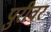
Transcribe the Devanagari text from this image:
पुरीवर